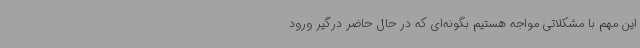
این مهم با مشکلاتی مواجه هستیم بگونه‌ای که در حال حاضر درگیر ورود